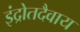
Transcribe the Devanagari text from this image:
इंद्रोतदैवाय